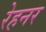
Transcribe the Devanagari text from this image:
रेहनर